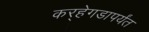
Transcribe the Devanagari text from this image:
कर्‍हेगडापर्यंत